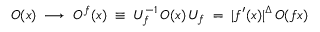
{ \cal O } ( x ) \; \longrightarrow \; { \cal O } ^ { f } ( x ) \; \equiv \; { \cal U } _ { f } ^ { - 1 } \, { \cal O } ( x ) \, { \cal U } _ { f } \; = \; | f ^ { \prime } ( x ) | ^ { \Delta } \, { \cal O } ( f x )